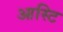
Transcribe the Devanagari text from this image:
आस्टि